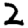
Digit: 2